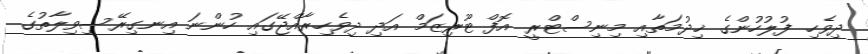
ދިވެހި ފުލުހުންގެ ޚިދުމަތާއި މިނިސްޓްރީ އޮފް ޓޫރިޒަމް އަދި ދިވެހިރާއްޖޭގައި ހުންނަ އިނގިރޭސިވިލާތުގެ